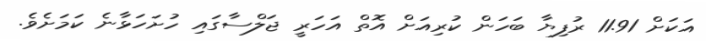
އަކަށް 11.91 ރުފިޔާ ބަހަން ކުރިއަށް އޮތް އަހަރީ ޖަލްސާގައި ހުށަހަޅާނެ ކަމަށެވެ.